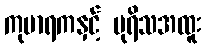
ကုမာရကနှင့် ပုရိသအထူး